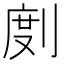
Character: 剫